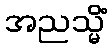
အညသ္မိံ